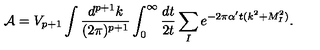
{ \cal A } = V _ { p + 1 } \int \frac { d ^ { p + 1 } k } { ( 2 \pi ) ^ { p + 1 } } \int _ { 0 } ^ { \infty } { \frac { d t } { 2 t } } \sum _ { I } e ^ { - 2 \pi { \alpha ^ { \prime } } t ( k ^ { 2 } + M _ { I } ^ { 2 } ) } .